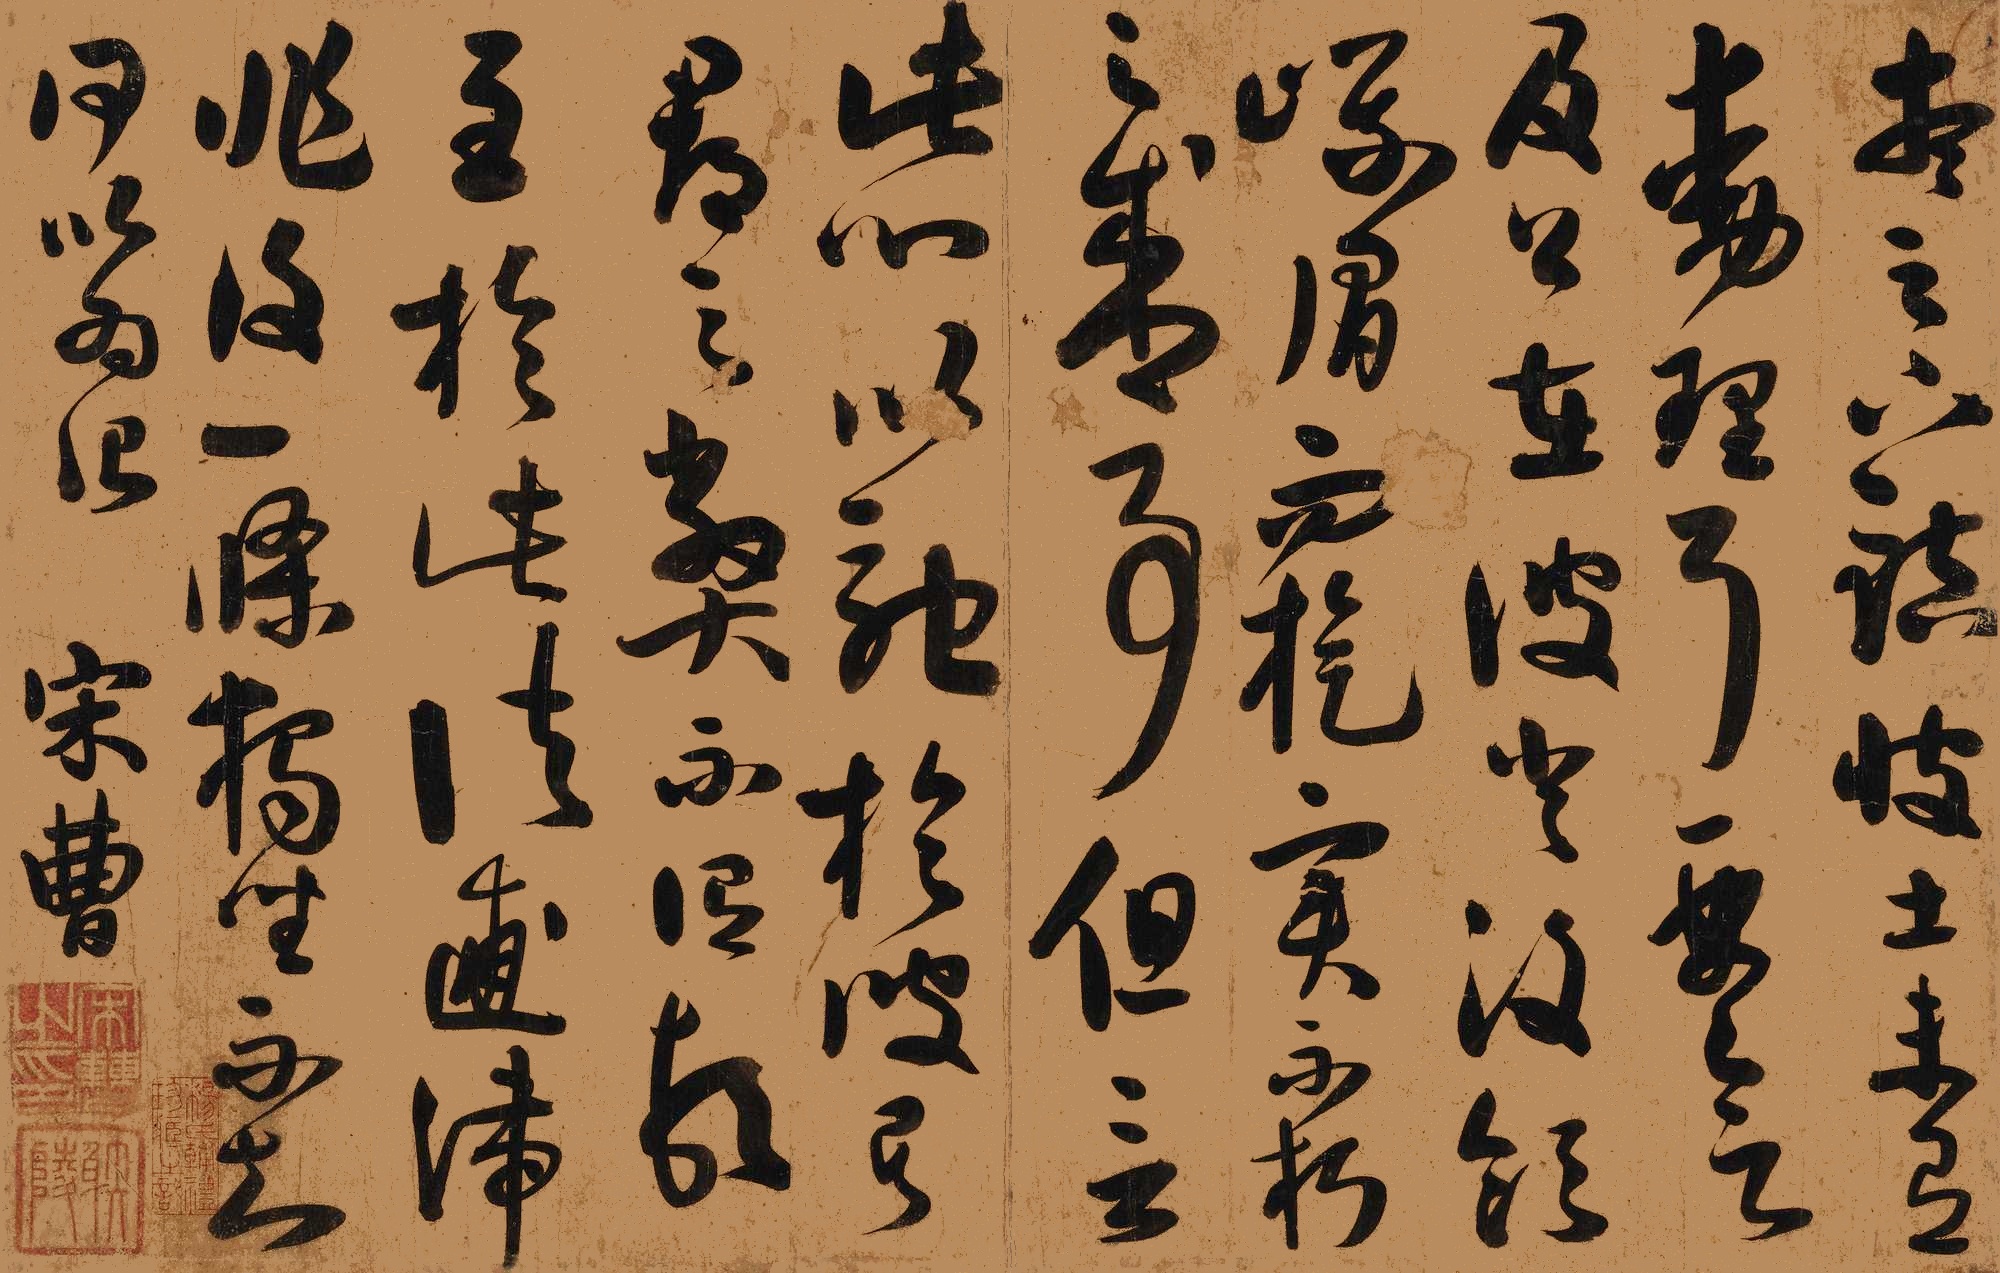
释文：想足下镇彼土，未有动理耳。要欲及公在彼，登汶领、峨眉而旋，实不朽之盛事。但言此，心以驰于彼矣。郡之弊，不谓顿至于此。诸逋滞非复一条。独坐不知何以为治。宋曹。